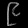
Digit: ၉